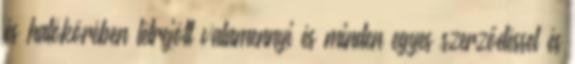
és hatókörében létrejött valamennyi és minden egyes szerződéssel és